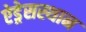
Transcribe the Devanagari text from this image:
ऐड्रेसस्थान